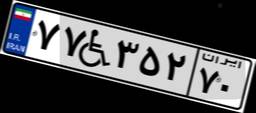
۷۱W۸۵۷۵۶